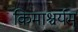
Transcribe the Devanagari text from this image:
किमाश्चर्यम्